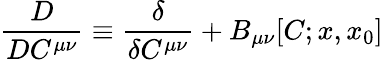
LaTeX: \frac{D}{DC^{\mu\nu}}\equiv\frac{\delta}{\delta C^{\mu\nu}}+B_{\mu\nu}[C;x,x_{0}]